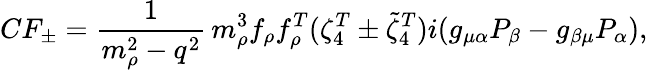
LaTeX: CF_{\pm}=\frac{1}{m_{\rho}^{2}-q^{2}}\, m_{\rho}^{3}f_{\rho}f_{\rho}^{T}(\zeta_{4}^{T}\pm\widetilde{\zeta}_{4}^{T})i(g_{\mu\alpha}P_{\beta}-g_{\beta\mu}P_{\alpha}),